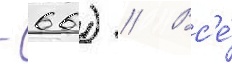
- 66) // Вс'е́